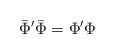
LaTeX: \begin{align*}\bar{\Phi}^\prime\bar{\Phi}=\Phi^\prime\Phi\end{align*}